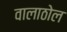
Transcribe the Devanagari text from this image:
वालाठोल